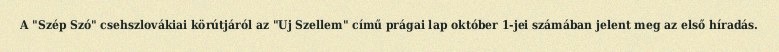
A "Szép Szó" csehszlovákiai körútjáról az "Uj Szellem" című prágai lap október 1-jei számában jelent meg az első híradás.